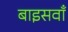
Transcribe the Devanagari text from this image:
बाइसवाँ